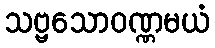
သဗ္ဗသောဝဏ္ဏမယံ